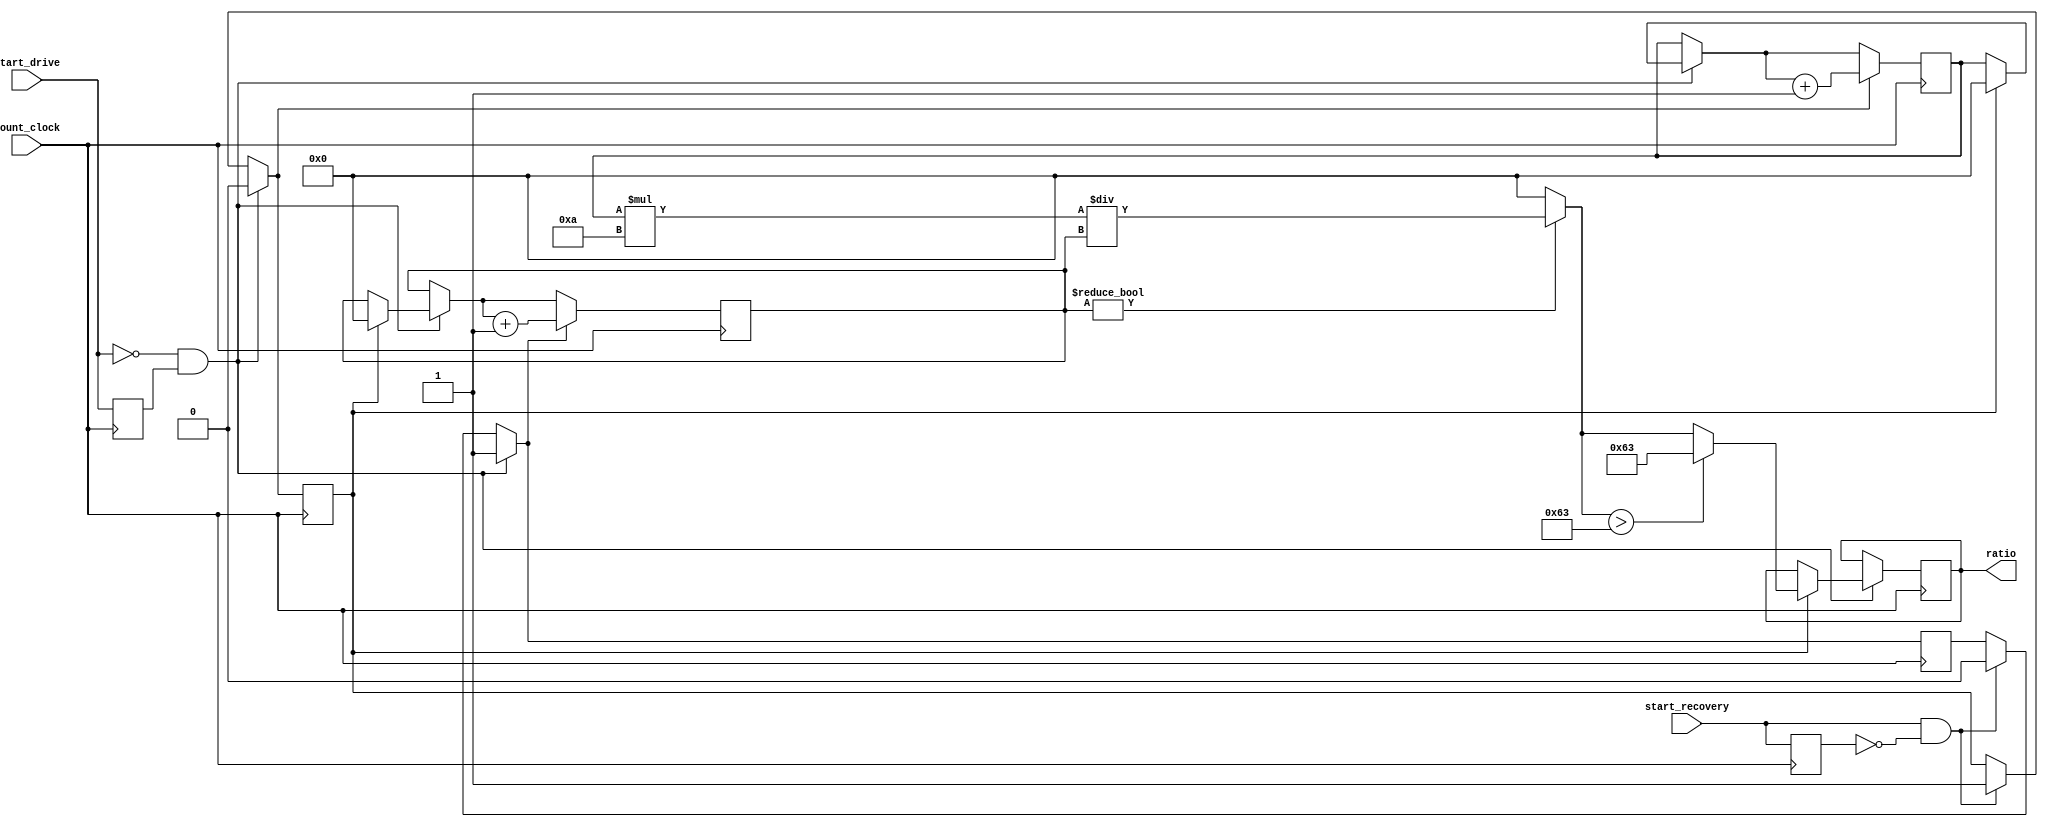

module ratioer(ratio,start_drive,start_recovery,count_clock);
	input start_drive, start_recovery,count_clock;
	output[31:0] ratio;
	
	reg start_drive_reg, start_recovery_reg,onDrive, onRecovery;
	
	initial
	begin
		start_drive_reg <= 1'b0;
		start_recovery_reg <= 1'b0;
		onDrive <= 1'b0;
		onRecovery <= 1'b0;
	end
	
	reg[31:0] recovery_count,drive_count,ratio,numerator;
	
	always @(negedge count_clock)
	begin
		if(start_drive == 1'b0 && start_drive_reg == 1'b1) // We want the negative edge of start_drive
		begin
			if(onRecovery)
			begin
				numerator = recovery_count * 32'd10;
				ratio = (drive_count != 32'b0) ? numerator/drive_count : 32'b0;
				
				if(ratio > 32'd99)
				begin
					ratio = 32'd99;
				end
				
				drive_count = 32'b0;
				recovery_count = 32'b0;
				
				onRecovery = 1'b0;
			end
			onDrive = 1'b1;
		end
		else if(start_recovery && start_recovery_reg == 1'b0) // We want the positive edge of start_recovery
		begin
			onDrive = 1'b0;
			onRecovery = 1'b1;
		end
		
		start_recovery_reg = start_recovery;
		start_drive_reg = start_drive;
		
		if(onDrive == 1'b1)
		begin
			drive_count = drive_count + 1;
		end
		
		if(onRecovery == 1'b1)
		begin
			recovery_count = recovery_count + 1;
		end
		
	end

endmodule

/*
Have a counter adding at a certain rate, either incrementing drive or recovery

every time start_drive is high, on the positive edge, calculate the ratio


*/